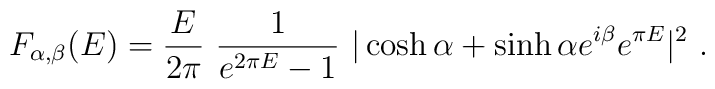
F_{\alpha,\beta}(E) = {E\over 2\pi}~{1\over e^{2\pi E}-1}~|\cosh\alpha+ \sinh\alpha e^{i\beta} e^{\pi E}|^{2}~.